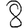
Digit: 8